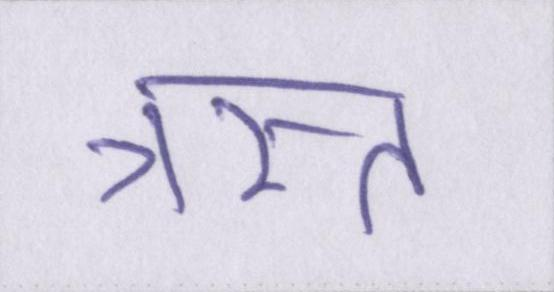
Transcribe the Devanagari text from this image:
त्रस्त